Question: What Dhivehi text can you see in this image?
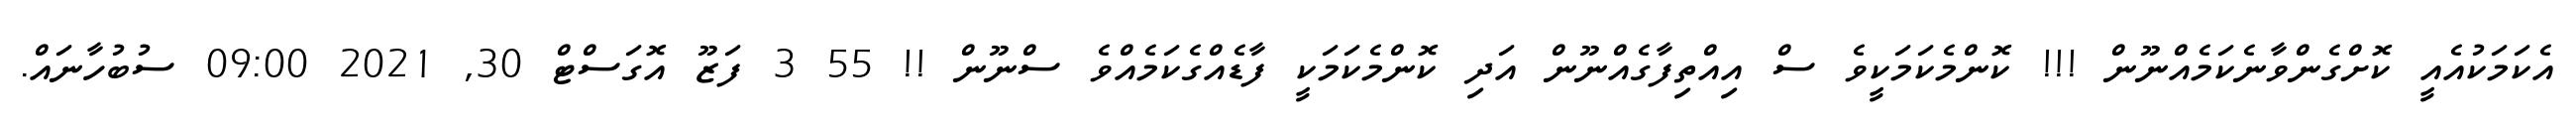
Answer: އެކަމަކުއެއީ ކޮށްގެންވާނެކަމެއްނޫން !!! ކޮންމެކަމަކީވެ ސް އިއްތިފާގެއްނޫން އަދި ކޮންމެކަމަކީ ފާޑެއްގެކަމެއްވެ ސްނޫން !! 55 3 ފަޒޫ އޮގަސްޓް 30, 2021 09:00 ސުބުހާނައް.